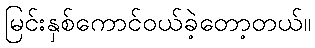
မြင်းနှစ်ကောင်ဝယ်ခဲ့တော့တယ်။